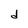
Character: d